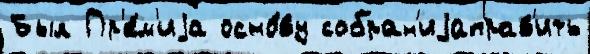
Был Пр'е́м'иjа осно́ву собран'иjаправ'ить